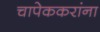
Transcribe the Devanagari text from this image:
चापेककरांना